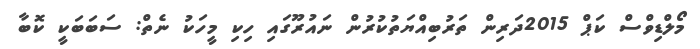
މޯލްޑިވްސް ކަޕް 2015ދަރިން ތަރުބިއްޔަތުކުރުން ނައުރޫގައި ހިކި މީހަކު ނެތް: ސަބަބަކީ ކޮބާ